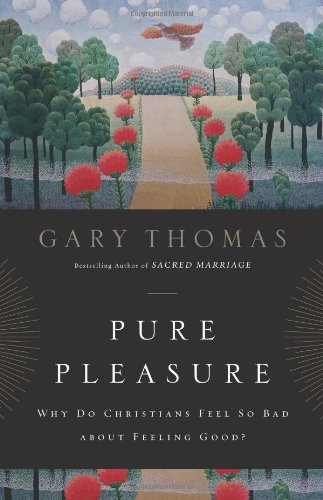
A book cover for Pure Pleasure: Why Do Christians Feel So Bad about Feeling Good?; Gary L. Thomas; Religion & Spirituality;